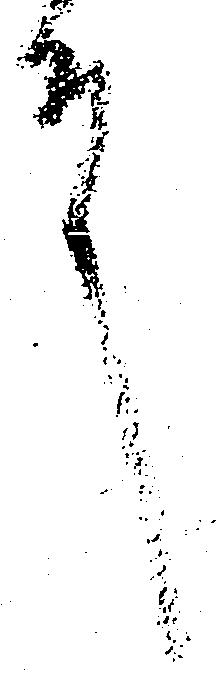
殿